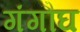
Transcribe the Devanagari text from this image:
गंगौघ